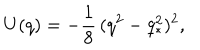
U ( q ) = - { \frac 1 8 } \, ( q ^ { 2 } - q _ { \ast } ^ { 2 } ) ^ { 2 } ,